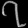
Digit: ၇